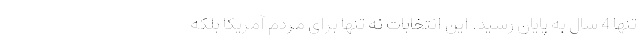
تنها 4 سال به پایان رسید. این انتخابات نه تنها برای مردم آمریکا بلکه